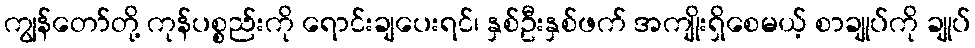
ကျွန်တော်တို့ ကုန်ပစ္စည်းကို ရောင်းချပေးရင်၊ နှစ်ဦးနှစ်ဖက် အကျိုးရှိစေမယ့် စာချုပ်ကို ချုပ်